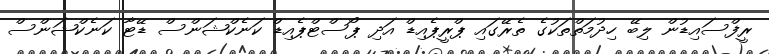
ރީފްސައިޑުން ލިބޭ ހިދުމަތްތަކުގެ ތެރޭގައި ޕްރީޕެއިޑް އަދި ޕޯސްޓްޕެއިޑް ކަނެކްޝަންސް ޑޭޓާ ކަނެކްޝަންސް